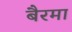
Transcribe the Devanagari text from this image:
बैरमा